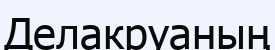
Делакруаның